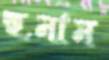
হুনান